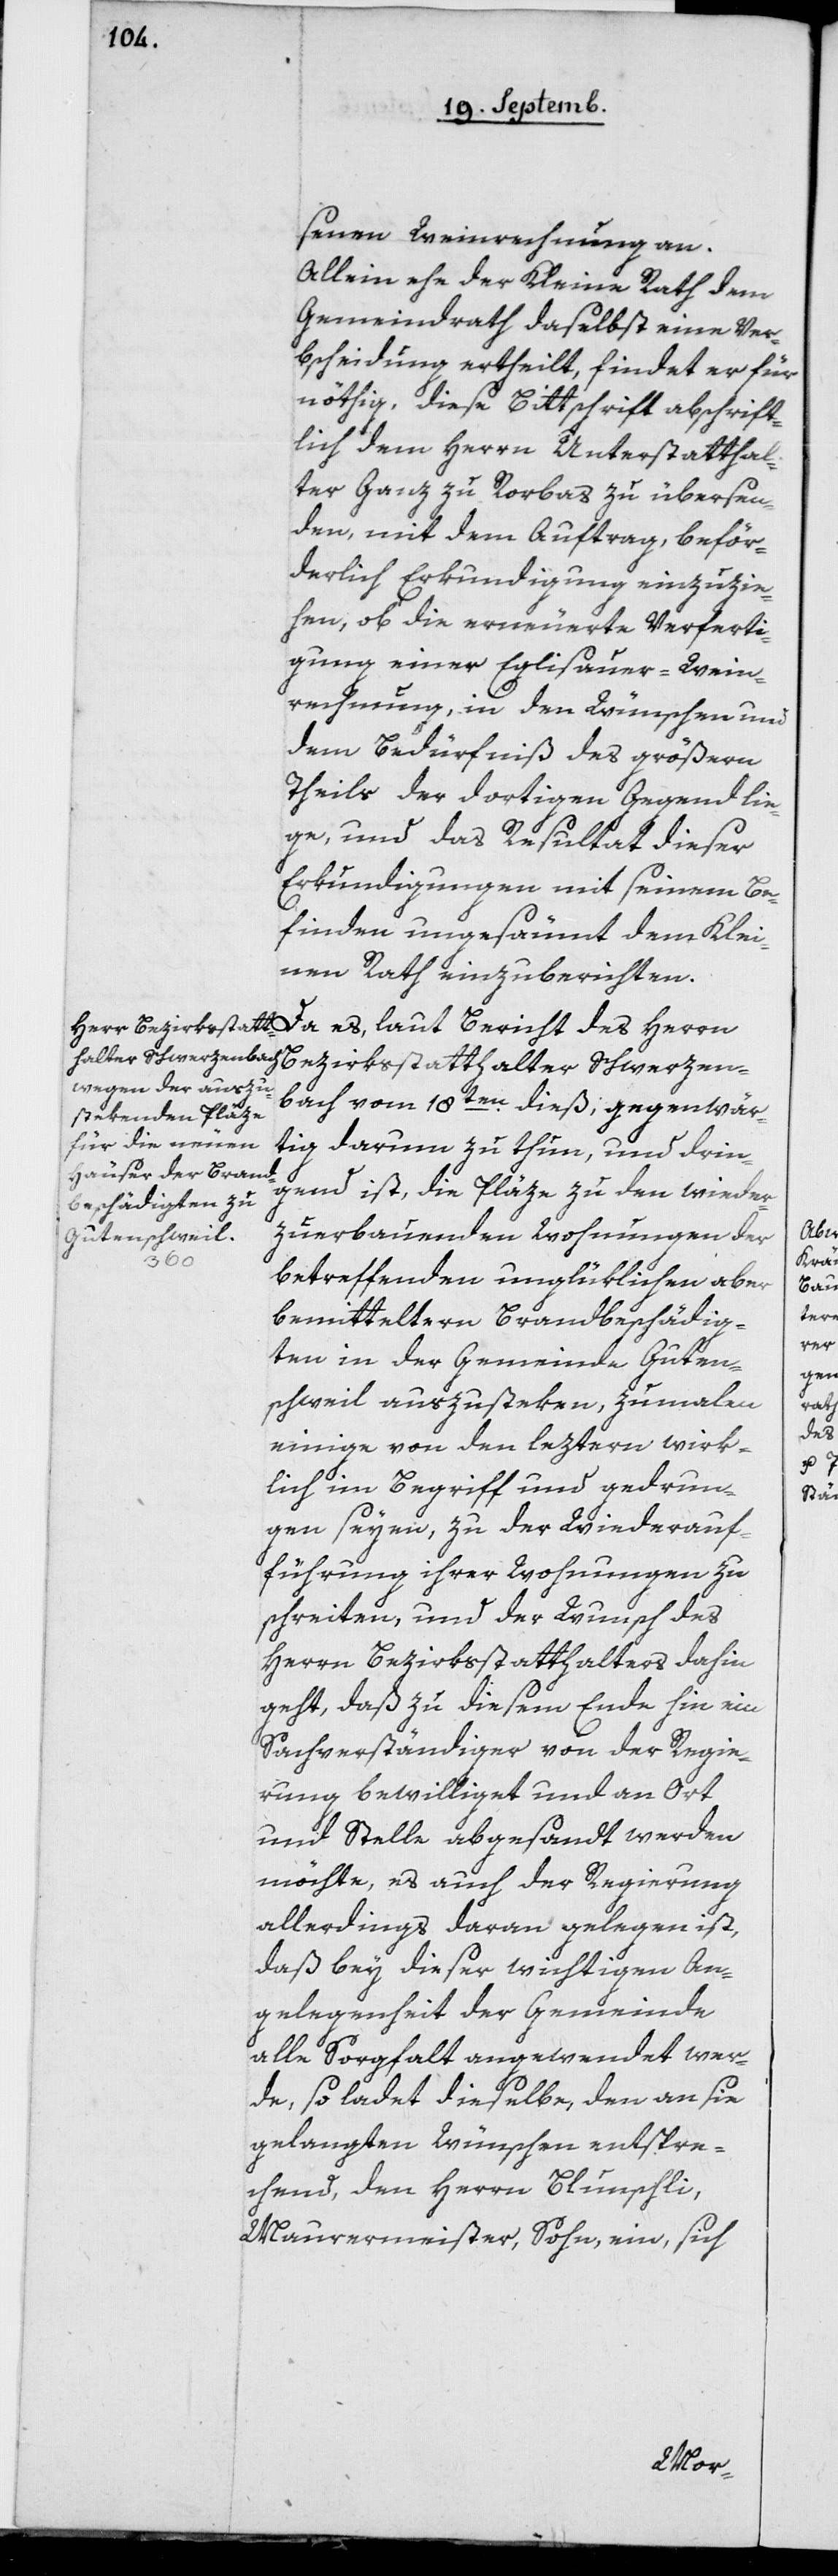
senen Weinrechnung an.
Allein ehe der Kleine Rath dem
Gemeindrath daselbst eine Ver¬
bscheidung ertheilt, findet er für
nöthig, diese Bittschrift abschrift¬
lich dem Herrn Unterstatthal¬
ter Ganz zu Rorbas zu übersen¬
den, mit dem Auftrag, beför¬
derlich Erkundigung einzuzie¬
hen, ob die erneuerte Verferti¬
gung einer Eglisauer-Wein¬
rechnung in den Wünschen und
dem Bedürfniß des größern
Theils der dortigen Gegend lie¬
ge, und das Resultat dieser
Erkundigungen mit seinem Be¬
finden ungesäumt dem Klei¬
nen Rath einzuberichten.
Da es, laut Bericht des Herrn
bach vom 18ten dieß, gegenwär¬
tig darum zu thun und drin¬
gend ist, die Pläze zu den wieder
zu erbauenden Wohnungen der
betreffenden unglüklichen aber
bemitteltern Brandbeschädig¬
ten in der Gemeinde Guten¬
schweil auszusteken, zumalen
einige von den leztern wirk¬
lich im Begriff und gedrun¬
gen seyen, zu der Wiederauf¬
führung ihrer Wohnungen zu
schreiten, und der Wunsch des
Herrn Bezirksstatthalters dahin
geht, daß zu diesem Ende hin ein
Sachverständiger von der Regie¬
rung bewilliget und an Ort
und Stelle abgesandt werden
möchte, es auch der Regierung
allerdings daran gelegen ist,
daß bey dieser wichtigen An¬
gelegenheit der Gemeinde
alle Sorgfalt angewendet wer¬
de, so ladet dieselbe, den an sie
gelangten Wünschen entspre¬
chend, den Herrn Blunschli,
Maurermeister, Sohn, ein, sich
Schwerzen¬